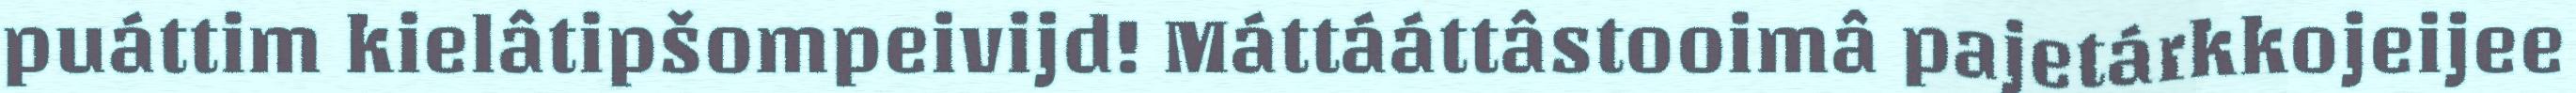
puáttim kielâtipšompeivijd! Máttááttâstooimâ pajetárkkojeijee